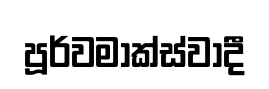
පූර්වමාක්ස්වාදී